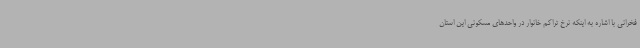
فخرانی با اشاره به اینکه نرخ تراکم خانوار در واحدهای مسکونی این استان